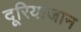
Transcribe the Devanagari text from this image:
दूरियाजान